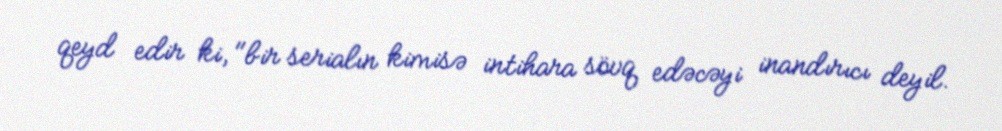
qeyd edir ki, "bir serialın kimisə intihara sövq edəcəyi inandırıcı deyil.